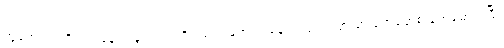
တွံတေးဝ၊ တိုးဝကနေ သခွပ်ပင်ဝထိ ရောက်အောင် ချောင်းတွေကြားမှာ ခဲရာခဲဆစ် ခုတ်မောင်းပြီး